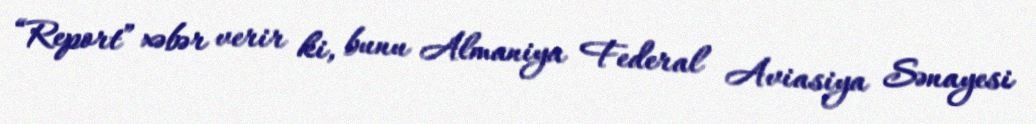
“Report” xəbər verir ki, bunu Almaniya Federal Aviasiya Sənayesi